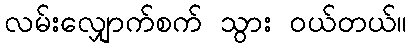
လမ်းလျှောက်စက် သွား ဝယ်တယ်။